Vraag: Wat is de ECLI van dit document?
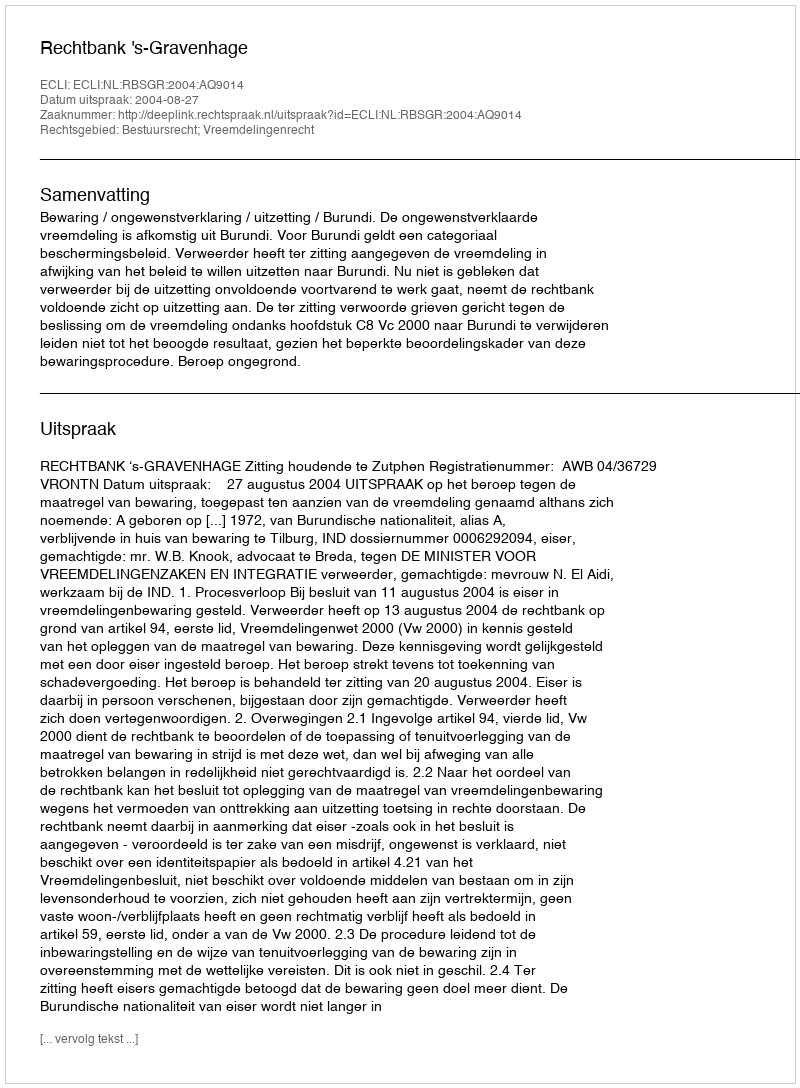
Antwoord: ECLI:NL:RBSGR:2004:AQ9014